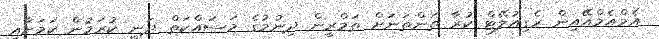
އެމްއެމްއޭއިން ރެގިއުލޭޓް ކުރާ ތަންތަނަށް ތަމްރީން ދިނުމުގެ މަސައްކަތް ދަނީ ކުރަމުން ކަމަށާއި